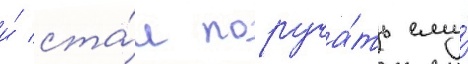
и́ ста́л поруча́ть ему́